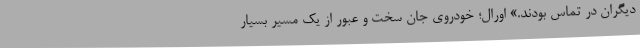
دیگران در تماس بودند.» اورال؛ خودروی جان سخت و عبور از یک مسیر بسیار